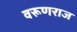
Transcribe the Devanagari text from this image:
वरूणराज